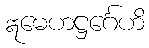
ဣမေဟဋ္ဌင်္ဂေဟိ